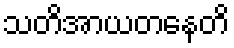
သတိအာယတနေတိ